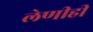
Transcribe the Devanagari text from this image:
लेणीही